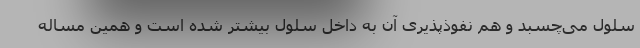
سلول می‌چسبد و هم نفوذپذیری آن به داخل سلول بیشتر شده است و همین مساله